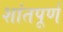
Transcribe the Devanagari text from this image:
शांतपूर्ण